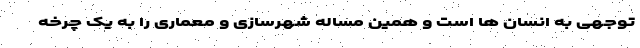
توجهی به انسان ها است و همین مساله شهرسازی و معماری را به یک چرخه